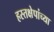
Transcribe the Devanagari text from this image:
हस्तक्षेपांच्या